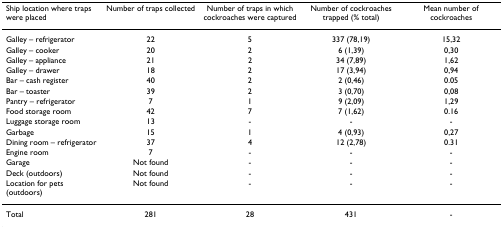
<table><thead><tr><td><b>Ship location where traps were placed</b></td><td><b>Number of traps collected</b></td><td><b>Number of traps in which cockroaches were captured</b></td><td><b>Number of cockroaches trapped (% total)</b></td><td><b>Mean number of cockroaches</b></td></tr></thead><tbody><tr><td>Galley – refrigerator</td><td>22</td><td>5</td><td>337 (78,19)</td><td>15,32</td></tr><tr><td>Galley – cooker</td><td>20</td><td>2</td><td>6 (1,39)</td><td>0,30</td></tr><tr><td>Galley – appliance</td><td>21</td><td>2</td><td>34 (7,89)</td><td>1,62</td></tr><tr><td>Galley – drawer</td><td>18</td><td>2</td><td>17 (3,94)</td><td>0,94</td></tr><tr><td>Bar – cash register</td><td>40</td><td>2</td><td>2 (0,46)</td><td>0.05</td></tr><tr><td>Bar – toaster</td><td>39</td><td>2</td><td>3 (0,70)</td><td>0,08</td></tr><tr><td>Pantry – refrigerator</td><td>7</td><td>1</td><td>9 (2,09)</td><td>1,29</td></tr><tr><td>Food storage room</td><td>42</td><td>7</td><td>7 (1,62)</td><td>0.16</td></tr><tr><td>Luggage storage room</td><td>13</td><td>-</td><td>-</td><td>-</td></tr><tr><td>Garbage</td><td>15</td><td>1</td><td>4 (0,93)</td><td>0,27</td></tr><tr><td>Dining room – refrigerator</td><td>37</td><td>4</td><td>12 (2,78)</td><td>0.31</td></tr><tr><td>Engine room</td><td>7</td><td>-</td><td>-</td><td>-</td></tr><tr><td>Garage</td><td>Not found</td><td>-</td><td>-</td><td>-</td></tr><tr><td>Deck (outdoors)</td><td>Not found</td><td>-</td><td>-</td><td>-</td></tr><tr><td>Location for pets (outdoors)</td><td>Not found</td><td>-</td><td>-</td><td>-</td></tr><tr><td>Total</td><td>281</td><td>28</td><td>431</td><td>-</td></tr></tbody></table>